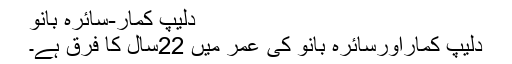
دلیپ کمار-سائرہ بانو
دلیپ کماراورسائرہ بانو کی عمر میں 22سال کا فرق ہے۔